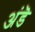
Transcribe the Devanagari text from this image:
अंडॆ